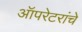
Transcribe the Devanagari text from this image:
ऑपरेटरांचे